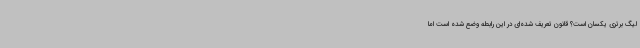
لیگ برتری یکسان است؟ قانون تعریف شده‌ای در این رابطه وضع شده است اما